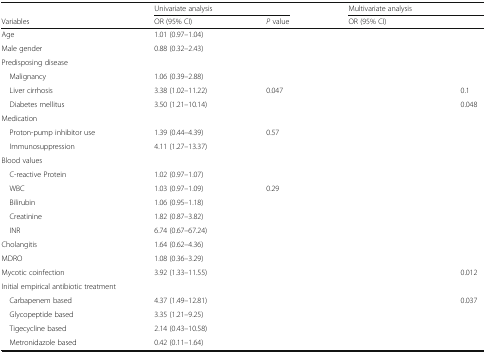
<table><thead><tr><td>[EMPTY_CELL]</td><td colspan="2"><b>Univariate analysis</b></td><td colspan="2"><b>Multivariate analysis</b></td></tr><tr><td><b>Variables</b></td><td><b>OR (95% CI)</b></td><td><b><i>P</i> value</b></td><td><b>OR (95% CI)</b></td><td>[EMPTY_CELL]</td></tr></thead><tbody><tr><td>Age</td><td>1.01 (0.97–1.04)</td><td>[EMPTY_CELL]</td><td>[EMPTY_CELL]</td><td>[EMPTY_CELL]</td></tr><tr><td>Male gender</td><td>0.88 (0.32–2.43)</td><td>[EMPTY_CELL]</td><td>[EMPTY_CELL]</td><td>[EMPTY_CELL]</td></tr><tr><td colspan="5">Predisposing disease</td></tr><tr><td> Malignancy</td><td>1.06 (0.39–2.88)</td><td>[EMPTY_CELL]</td><td>[EMPTY_CELL]</td><td>[EMPTY_CELL]</td></tr><tr><td> Liver cirrhosis</td><td>3.38 (1.02–11.22)</td><td>0.047</td><td>[EMPTY_CELL]</td><td>0.1</td></tr><tr><td> Diabetes mellitus</td><td>3.50 (1.21–10.14)</td><td>[EMPTY_CELL]</td><td>[EMPTY_CELL]</td><td>0.048</td></tr><tr><td>Medication</td><td>[EMPTY_CELL]</td><td>[EMPTY_CELL]</td><td>[EMPTY_CELL]</td><td>[EMPTY_CELL]</td></tr><tr><td> Proton-pump inhibitor use</td><td>1.39 (0.44–4.39)</td><td>0.57</td><td>[EMPTY_CELL]</td><td>[EMPTY_CELL]</td></tr><tr><td> Immunosuppression</td><td>4.11 (1.27–13.37)</td><td>[EMPTY_CELL]</td><td>[EMPTY_CELL]</td><td>[EMPTY_CELL]</td></tr><tr><td colspan="5">Blood values</td></tr><tr><td> C-reactive Protein</td><td>1.02 (0.97–1.07)</td><td>[EMPTY_CELL]</td><td>[EMPTY_CELL]</td><td>[EMPTY_CELL]</td></tr><tr><td> WBC</td><td>1.03 (0.97–1.09)</td><td>0.29</td><td>[EMPTY_CELL]</td><td>[EMPTY_CELL]</td></tr><tr><td> Bilirubin</td><td>1.06 (0.95–1.18)</td><td>[EMPTY_CELL]</td><td>[EMPTY_CELL]</td><td>[EMPTY_CELL]</td></tr><tr><td> Creatinine</td><td>1.82 (0.87–3.82)</td><td>[EMPTY_CELL]</td><td>[EMPTY_CELL]</td><td>[EMPTY_CELL]</td></tr><tr><td> INR</td><td>6.74 (0.67–67.24)</td><td>[EMPTY_CELL]</td><td>[EMPTY_CELL]</td><td>[EMPTY_CELL]</td></tr><tr><td>Cholangitis</td><td>1.64 (0.62–4.36)</td><td>[EMPTY_CELL]</td><td>[EMPTY_CELL]</td><td>[EMPTY_CELL]</td></tr><tr><td>MDRO</td><td>1.08 (0.36–3.29)</td><td>[EMPTY_CELL]</td><td>[EMPTY_CELL]</td><td>[EMPTY_CELL]</td></tr><tr><td>Mycotic coinfection</td><td>3.92 (1.33–11.55)</td><td>[EMPTY_CELL]</td><td>[EMPTY_CELL]</td><td>0.012</td></tr><tr><td colspan="5">Initial empirical antibiotic treatment</td></tr><tr><td> Carbapenem based</td><td>4.37 (1.49–12.81)</td><td>[EMPTY_CELL]</td><td>[EMPTY_CELL]</td><td>0.037</td></tr><tr><td> Glycopeptide based</td><td>3.35 (1.21–9.25)</td><td>[EMPTY_CELL]</td><td>[EMPTY_CELL]</td><td>[EMPTY_CELL]</td></tr><tr><td> Tigecycline based</td><td>2.14 (0.43–10.58)</td><td>[EMPTY_CELL]</td><td>[EMPTY_CELL]</td><td>[EMPTY_CELL]</td></tr><tr><td> Metronidazole based</td><td>0.42 (0.11–1.64)</td><td>[EMPTY_CELL]</td><td>[EMPTY_CELL]</td><td>[EMPTY_CELL]</td></tr></tbody></table>